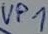
Text: VP1